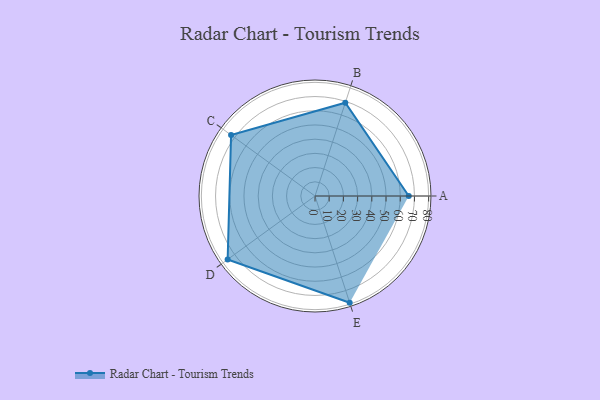
{"axis": {"x": "Skill", "y": "Score"}, "legend": ["Profile"], "data": [{"x": "A", "y": 66.0, "type": "Profile"}, {"x": "B", "y": 69.0, "type": "Profile"}, {"x": "C", "y": 73.0, "type": "Profile"}, {"x": "D", "y": 76.0, "type": "Profile"}, {"x": "E", "y": 79.0, "type": "Profile"}]}